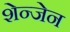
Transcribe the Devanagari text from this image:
शेन्जेन